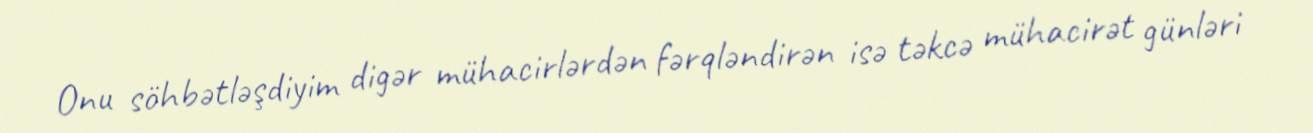
Onu söhbətləşdiyim digər mühacirlərdən fərqləndirən isə təkcə mühacirət günləri